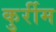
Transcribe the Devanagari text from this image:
कुर्रीम